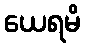
ယေရမိ